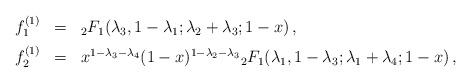
LaTeX: \begin{align*} \renewcommand{\arraystretch}{1.5} \begin{array}{rcl} f_1^{(1)} &=& {}_2F_1(\lambda_3, 1-\lambda_1; \lambda_2+\lambda_3; 1-x) \,, \\* f_2^{(1)} &=& x^{1-\lambda_3-\lambda_4} (1-x)^{1-\lambda_2-\lambda_3} {}_2F_1(\lambda_1, 1-\lambda_3; \lambda_1+\lambda_4; 1-x) \,, \end{array}\end{align*}